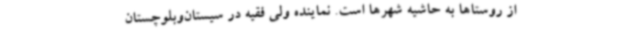
از روستاها به حاشیه شهرها است. نماینده ولی فقیه در سیستان‌وبلوچستان